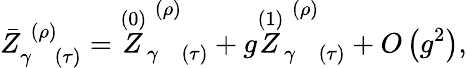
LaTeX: \bar{Z}_{\gamma\; \; \; (\tau)}^{\; (\rho)}=\stackrel{(0)}{Z}_{\gamma\; \; \; (\tau)}^{\; (\rho)}+g\stackrel{(1)}{Z}_{\gamma\; \; \; (\tau)}^{\; (\rho)}+O\left(g^{2}\right),